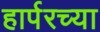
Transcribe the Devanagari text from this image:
हार्परच्या